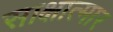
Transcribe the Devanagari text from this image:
साक्षात्मार